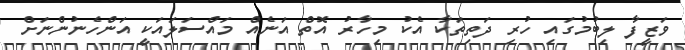
ވަޒީފާ ލިބުމުގައި ހުރި ދަތިތަކާ އެކު މިހާރު އޮތް އަނެއް މައްސަލައަކީ އަންހެނުންނަށް